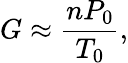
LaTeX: G\approx\frac{nP_{0}}{T_{0}},